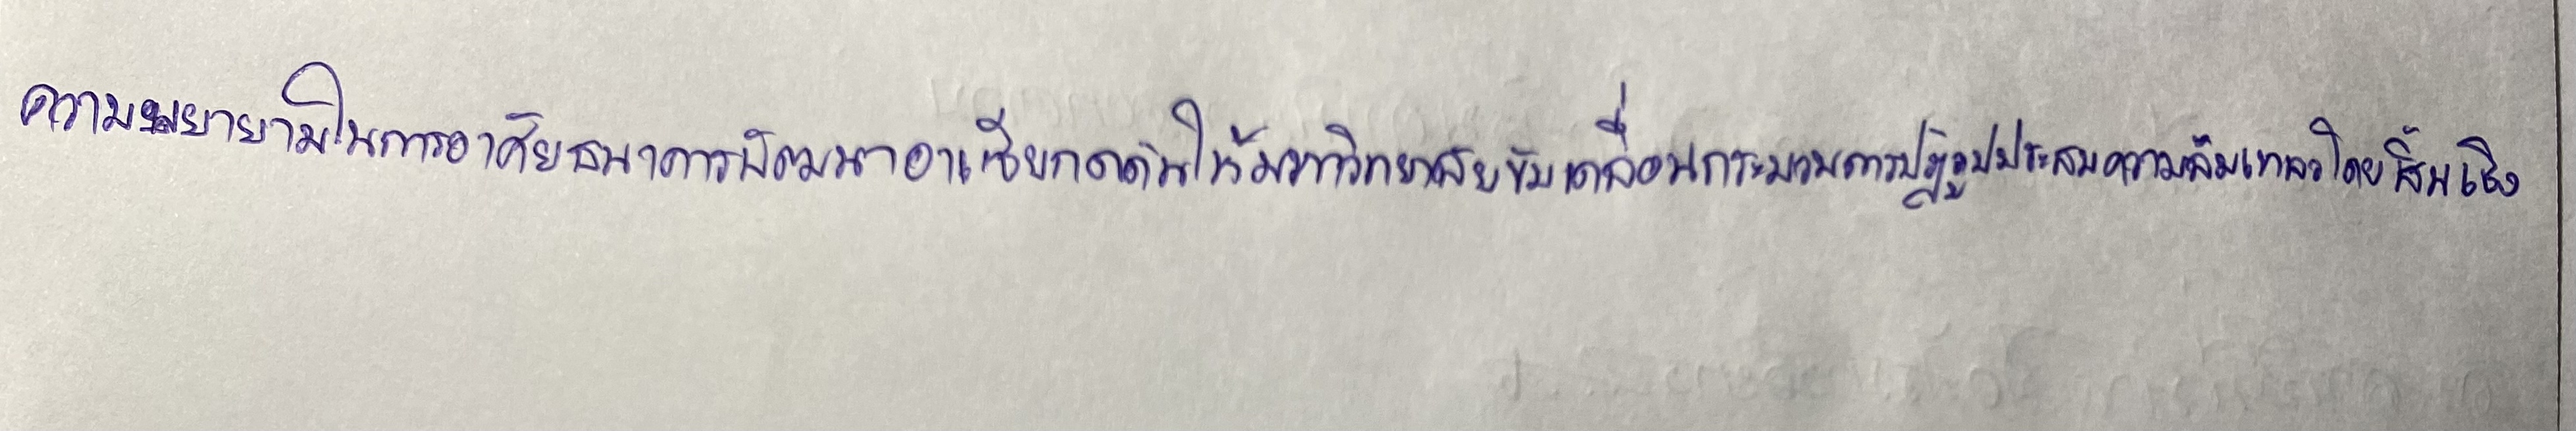
ความพยายามในการอาศัยธนาคารพัฒนาอาเซียกดดันให้มหาวิทยาลัยขับเคลื่อนกระบวนการปฏิรูปประสบความล้มเหลวโดยสิ้นเชิง